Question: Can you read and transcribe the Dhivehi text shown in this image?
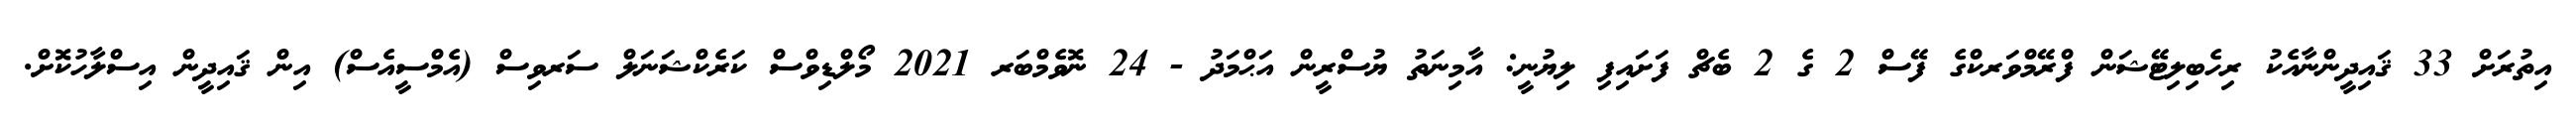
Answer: އިތުރަށް 33 ޤައިދީންނާއެކު ރިހެބިލިޓޭޝަން ފްރޭމްވަރކްގެ ފޭސް 2 ގެ 2 ބެޗް ފަށައިފި ލިޔުނީ: އާމިނަތު ޔުސްރީން އަޙްމަދު - 24 ނޮވެމްބަރ 2021 މޯލްޑިވްސް ކަރެކްޝަނަލް ސަރވިސް (އެމްސީއެސް) އިން ޤައިދީން އިސްލާހުކޮށް.